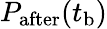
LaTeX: P_{\mathrm{after}}(t_{\mathrm{b}})